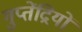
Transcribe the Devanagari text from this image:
गुप्तेंद्रियों